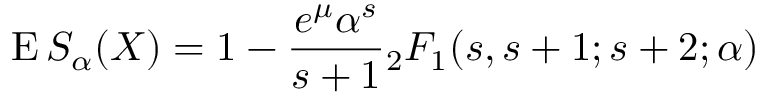
\operatorname { E } S _ { \alpha } ( X ) = 1 - { \frac { e ^ { \mu } \alpha ^ { s } } { s + 1 } } { _ { 2 } F _ { 1 } } ( s , s + 1 ; s + 2 ; \alpha )